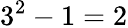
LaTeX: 3^{2}-1=2